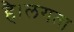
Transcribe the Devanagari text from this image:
है।लगता